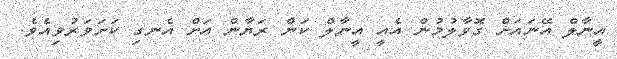
އީނާލް އޭނައަށް ގޮވާލުމުން އެއީ އީނާލް ކަން ރަޔާން އަށް އެނގި ކަށަވަރުވިއެވެ.